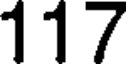
117